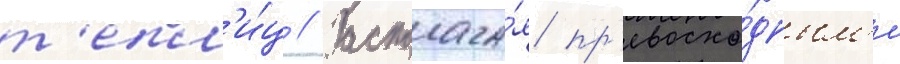
т'епл'и́ц // Располага́я пр'евосхо́дным'и